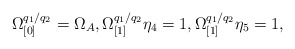
\begin{align*}\Omega _{\lbrack 0]}^{q_{1}/q_{2}}=\Omega _{A},\Omega _{\lbrack1]}^{q_{1}/q_{2}}\eta _{4}=1,\Omega _{\lbrack 1]}^{q_{1}/q_{2}}\eta _{5}=1,\end{align*}